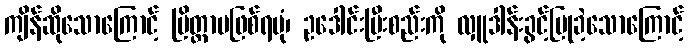
ကျိန်ဆိုသောကြောင့် ပြိတ္တာမဖြစ်ရပုံ၊ ဥဒေါင်းမြီးစည်းကို လှူဒါန်းခွင့်ပြုခဲ့သောကြောင့်